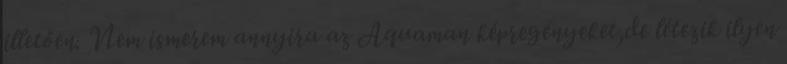
illetően. Nem ismerem annyira az Aquaman képregényeket,de létezik ilyen